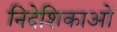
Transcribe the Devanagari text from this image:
निदेशिकाओं